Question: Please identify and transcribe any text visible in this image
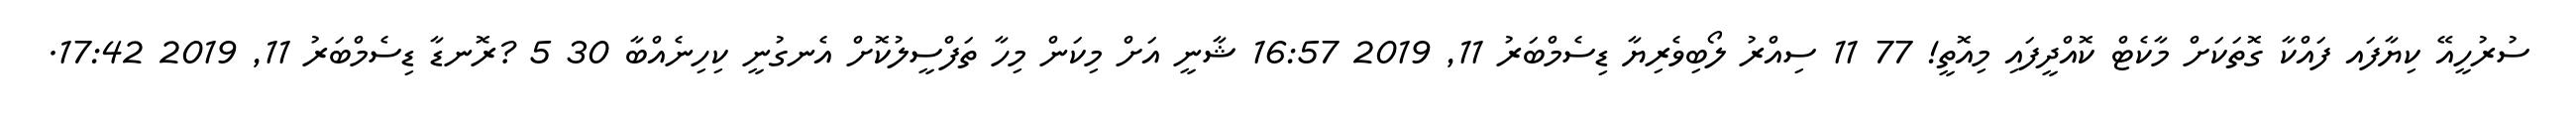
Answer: ސުރުހީއޭ ކިޔާފައ ފައްކާ ގޮތަކަށް މާކެޓް ކޮއްދީފައި މިއޮތީ! 77 11 ސިއްރު ލޯބިވެރިޔާ ޑިސެމްބަރު 11, 2019 16:57 ޝާނީ އަށް މިކަން މިހާ ތަފްސީލުކޮށް އެނގުނީ ކިހިނެއްބާ 30 5 ?ރޮނޑާ ޑިސެމްބަރު 11, 2019 17:42.